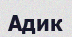
Адик